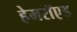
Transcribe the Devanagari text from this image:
हेमरॉएड